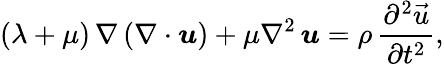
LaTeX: (\lambda+\mu)\, \nabla\left(\nabla\cdot\boldsymbol{u}\right)+\mu\nabla^{2}\, \boldsymbol{u}=\rho\, \frac{\partial^{2}\vec{u}}{\partial t^{2}},